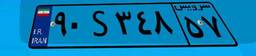
۹۰S۳۴۸۵۷